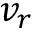
v _ { r }